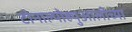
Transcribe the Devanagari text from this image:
टोनाल्पोह्युआलीच्या